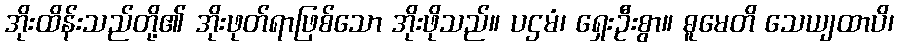
အိုးထိန်းသည်တို့၏ အိုးဖုတ်ရာဖြစ်သော အိုးဖိုသည်။ ပဌမံ၊ ရှေးဦးစွာ။ ဓူမေတိ သေယျထာပိ၊